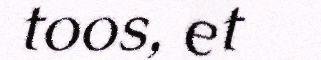
toos, et